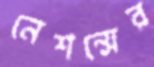
নেশন্সের